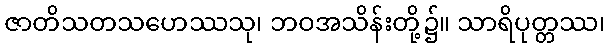
ဇာတိသတသဟေဿသု၊ ဘဝအသိန်းတို့၌။ သာရိပုတ္တဿ၊